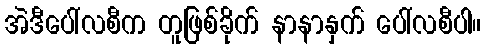
အဲဒီပေါ်လစီက တူဖြစ်ခိုက် နာနာနှက် ပေါ်လစီပါ။